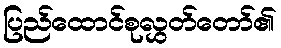
ပြည်ထောင်စုလွှတ်တော်၏